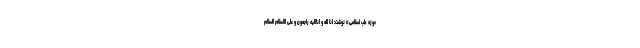
حوزه طب اسلامی» نوشت: انا لله و اناالیه راجعون و علی الاسلام السلام